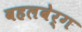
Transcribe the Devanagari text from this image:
वहलबेर्ग